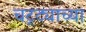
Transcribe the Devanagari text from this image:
चट्ट्याच्या